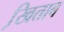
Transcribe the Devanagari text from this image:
खि़ताब